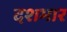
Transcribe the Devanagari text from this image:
दशभार